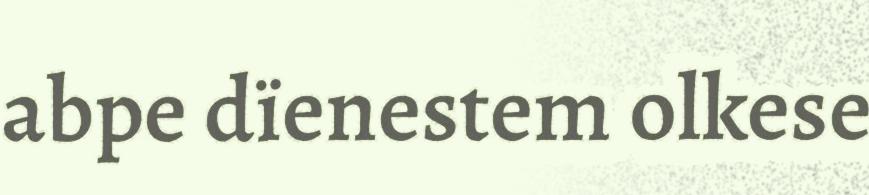
abpe dïenestem olkese